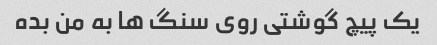
یک پیچ گوشتی روی سنگ ها به من بده